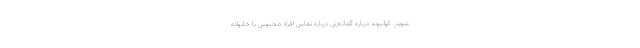
‌شویم. کولیوند درباره گمانه‌زنی درباره تماس افراد محبوس با خانواده